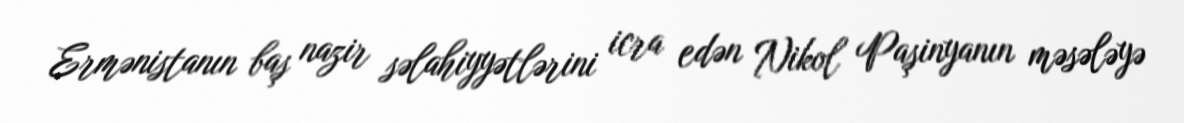
Ermənistanın baş nazir səlahiyyətlərini icra edən Nikol Paşinyanın məsələyə